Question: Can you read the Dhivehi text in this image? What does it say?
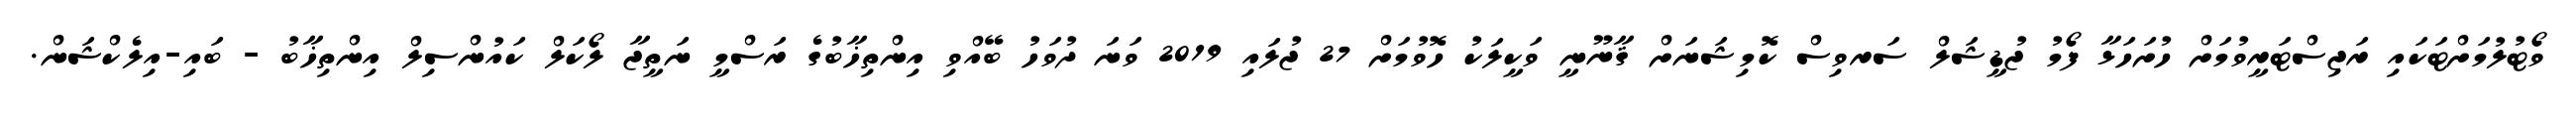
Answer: ވޯޓުލުމަށްޓަކައި ރަޖިސްޓަރީވުމަށް ހުށަހަޅާ ފޯމު ޖުޑީޝަލް ސަރވިސް ކޮމިޝަނަށް ޤާނޫނީ ވަކީލަކު ހޮވުމަށް 27 ޖުލައި 2019 ވަނަ ދުވަހު ބޭއްވި އިންތިޚާބުގެ ރަސްމީ ނަތީޖާ ލޯކަލް ކައުންސިލް އިންތިޚާބު - ބައި-އިލެކްޝަން.